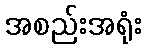
အစည်းအရုံး